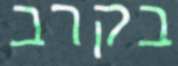
בקרב